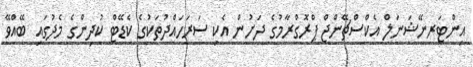
އިންޓަރނޭޝަނަލް އެކްސްޗޭންޖް ޕްރޮގްރާމުގެ ދަށުން އެކި ސަރަހައްދުތަކުގެ ކެޑޭޓް ކުދިންގެ މެދުގައި ބޭއްވޭ